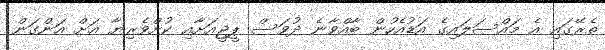
ތެރޭގައި އެ މައްސަލައިގެ އަޑުއެހުން ބާއްވާނެ ދުވަސް ޕީޖީއަށާއި ކުށްވެރިޔާ އަށް އަންގަން